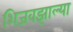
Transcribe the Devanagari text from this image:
शिजवझाल्या